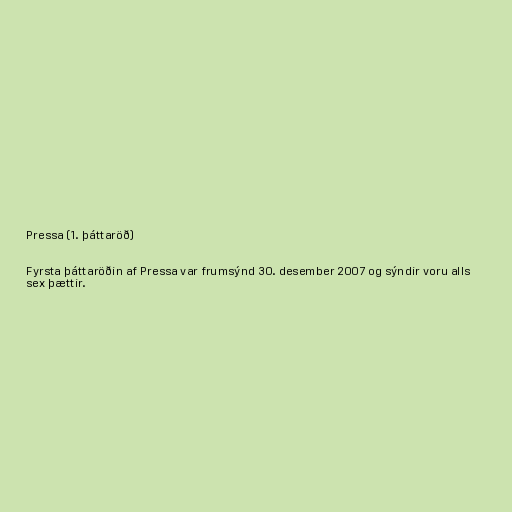
Pressa (1. þáttaröð)

Fyrsta þáttaröðin af Pressa var frumsýnd 30. desember 2007 og sýndir voru alls
sex þættir.